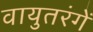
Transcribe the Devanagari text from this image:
वायुतरंगें